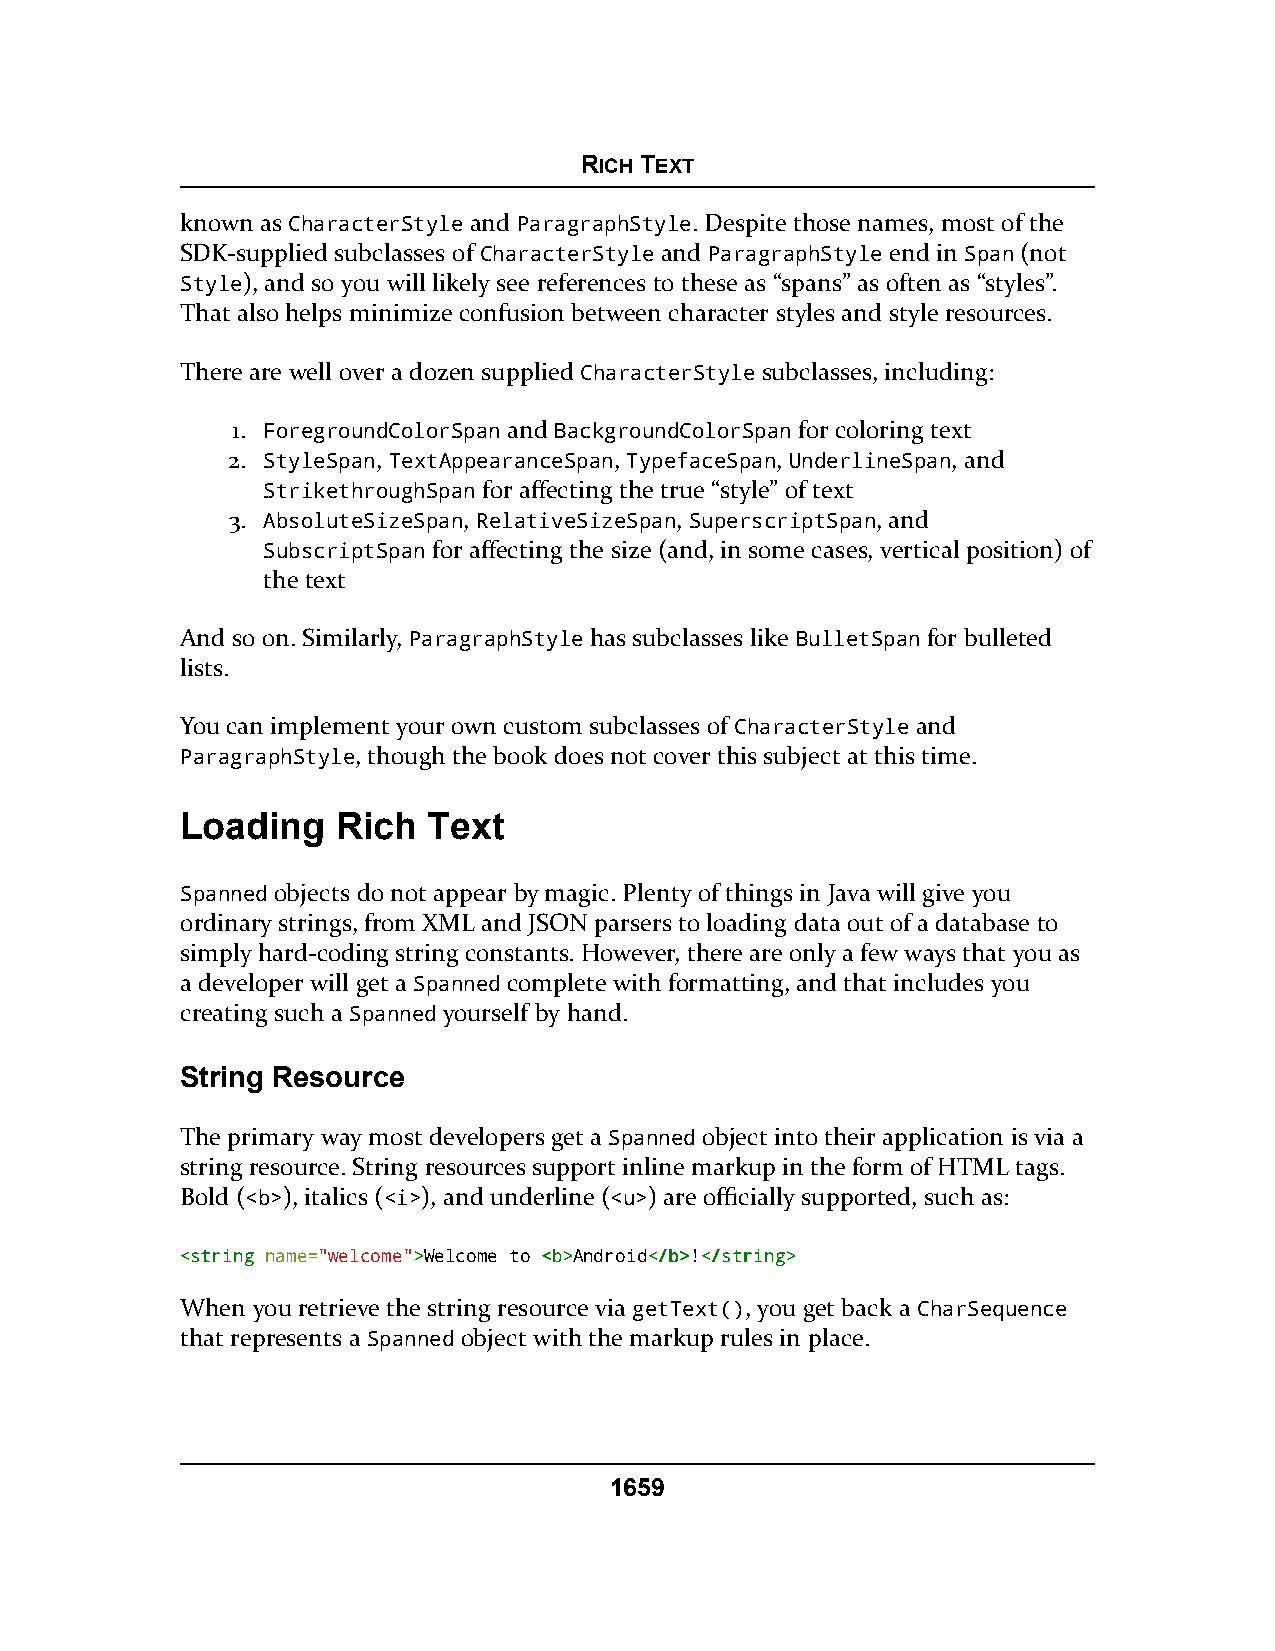
RICH TEXT
 known as CharacterStyle and ParagraphStyle. Despite those names, most of the
 SDK-supplied subclasses of CharacterStyle and ParagraphStyle end in Span (not
 Style), and so you will likely see references to these as “spans” as often as “styles”.
 That also helps minimize confusion between character styles and style resources.
 There are well over a dozen supplied CharacterStyle subclasses, including:
 1. ForegroundColorSpan and BackgroundColorSpan for coloring text
 2. StyleSpan, TextAppearanceSpan, TypefaceSpan, UnderlineSpan, and
 StrikethroughSpan for affecting the true “style” of text
 3. AbsoluteSizeSpan, RelativeSizeSpan, SuperscriptSpan, and
 SubscriptSpan for affecting the size (and, in some cases, vertical position) of
 the text
 And so on. Similarly, ParagraphStyle has subclasses like BulletSpan for bulleted
 lists.
 You can implement your own custom subclasses of CharacterStyle and
 ParagraphStyle, though the book does not cover this subject at this time.
 Loading   Rich  Text
 Spanned objects do not appear by magic. Plenty of things in Java will give you
 ordinary strings, from XML and JSON parsers to loading data out of a database to
 simply hard-coding string constants. However, there are only a few ways that you as
 a developer will get a Spanned complete with formatting, and that includes you
 creating such a Spanned yourself by hand.
 String Resource
 The primary way most developers get a Spanned object into their application is via a
 string resource. String resources support inline markup in the form of HTML tags.
 Bold (<b>), italics (<i>), and underline (<u>) are officially supported, such as:
 <<ssttrriinngg name="welcome">>Welcome to <<bb>>Android<<//bb>>!<<//ssttrriinngg>>
 When you retrieve the string resource via getText(), you get back a CharSequence
 that represents a Spanned object with the markup rules in place.
 1659